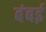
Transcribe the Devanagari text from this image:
बंबर्इ